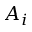
A _ { i }